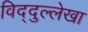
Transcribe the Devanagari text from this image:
विद्दुल्लेखा